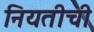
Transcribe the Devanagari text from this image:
नियतीची